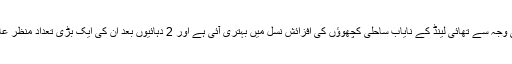
لاک ڈاؤن کی وجہ سے تھائی لینڈ کے نایاب ساحلی کچھوؤں کی افزائشِ نسل میں بہتری آئی ہے اور 2 دہائیوں بعد ان کی ایک بڑی تعداد منظرِ عام پر آئی ہے۔